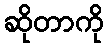
ဆိုတာကို